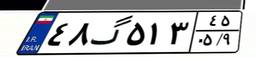
۴۸گ۵۱۳۴۵